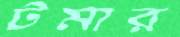
টমার